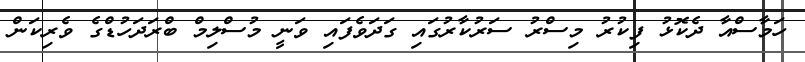
ހަމާސްއާ ދެކޮޅު ފިކުރު މިސްރު ސަރުކާރުގައި ގަދަވެފައި ވަނީ މުސްލިމް ބްރަދަހުޑްގެ ވެރިކަން